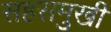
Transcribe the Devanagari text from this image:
सहसमुखी